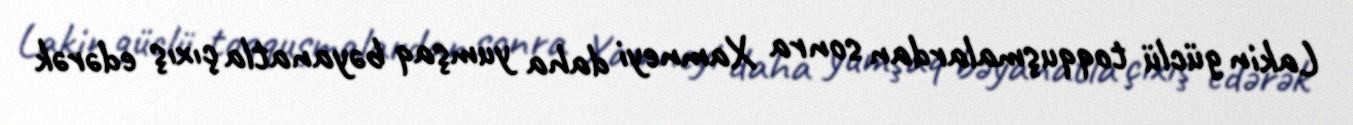
Lakin güclü toqquşmalardan sonra Xamneyi daha yumşaq bəyanatla çıxış edərək